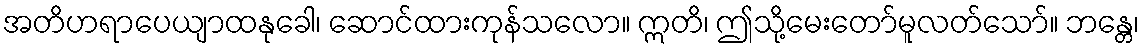
အတိဟရာပေယျာထနုခေါ၊ ဆောင်ထားကုန်သလော။ ဣတိ၊ ဤသို့မေးတော်မူလတ်သော်။ ဘန္တေ၊